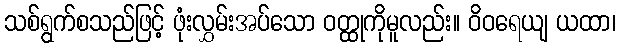
သစ်ရွက်စသည်ဖြင့် ဖုံးလွှမ်းအပ်သော ဝတ္ထုကိုမူလည်း။ ဝိဝရေယျ ယထာ၊